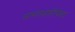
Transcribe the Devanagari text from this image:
सामंतशाहीपेक्षा